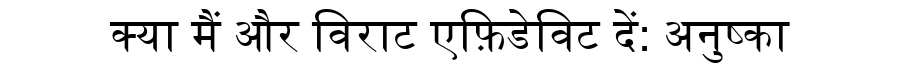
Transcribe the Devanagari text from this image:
क्या मैं और विराट एफ़िडेविट दें: अनुष्का